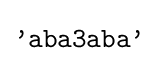
{\texttt {'aba3aba'}}